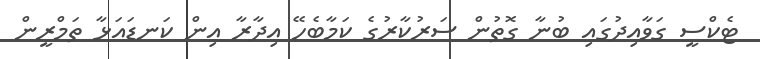
ޓެކްސީ ގަވާއިދުގައި ބުނާ ގޮތުން ސަރުކާރުގެ ކަމާބެހޭ އިދާރާ އިން ކަނޑައަޅާ ތަމްރީން